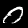
Label: 0